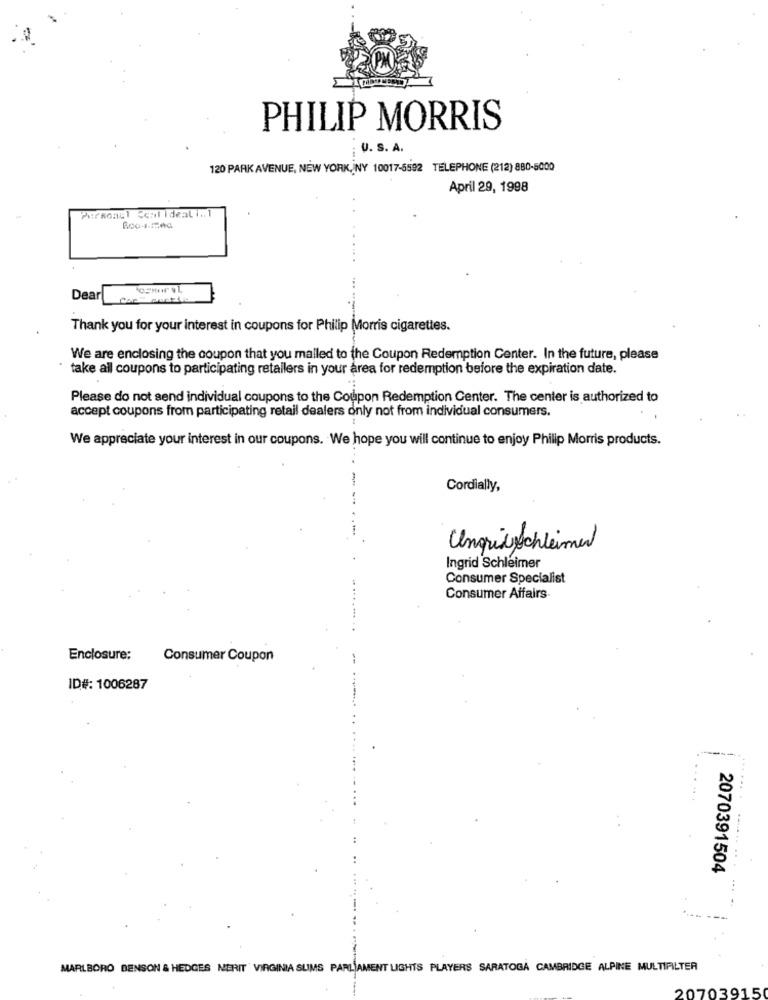
PHILIP MORRIS
V. S. A.
120 PARK AVENUE, NEW YORK, NY 10017-5592 TELEPHONE (212) 880-5000
April 29, 1998
PurRonul Ceal ideal i .. 1
Dear
Thank you for your interest in coupons for Philip Morris cigarettes.
We are enclosing the coupon that you mailed to the Coupon Redemption Center. In the future, please
take all coupons to participating retailers in your area for redemption before the expiration date.
Please do not send individual coupons to the Coupon Redemption Center. The center is authorized to
accept coupons from participating retail dealers only not from individual consumers.
We appreciate your interest in our coupons. We hope you will continue to enjoy Philip Morris products.
-
Cordially,
Ungrisschleimer
Ingrid Schleimer
Consumer Specialist
Consumer Affairs
Enclosure:
Consumer Coupon
ID#: 1006287
2070391504
MARLBORO BENSON & HEDGES NERIT VIRGINIA SLIMS PARLAMENT LIGHTS PLAYERS SARATOGA CAMBRIDGE ALPINE MULTIFILTER
20703915